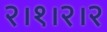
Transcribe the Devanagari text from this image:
२।१।२।२